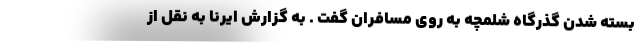
بسته شدن گذرگاه شلمچه به روی مسافران گفت . به گزارش ایرنا به نقل از